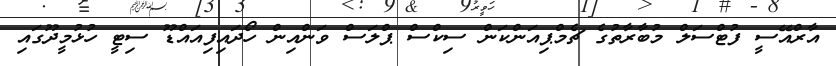
އާރްއޭސީ ފުޓްސަލް މުބާރާތުގެ ޗެމްޕިއަންކަން ސިކްސް ޕްލަސް ވަންއިން ހޯދައިފިއައްޑޫ ސިޓީ ހުޅުމީދޫގައި